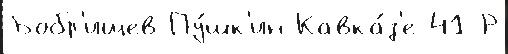
Бобр'ищев-Пу́шк'ин Кавка́з'е 41 Р